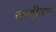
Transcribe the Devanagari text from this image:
वन्दीजन